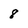
Character: 8